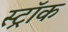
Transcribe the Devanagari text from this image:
स्ट्रॉक